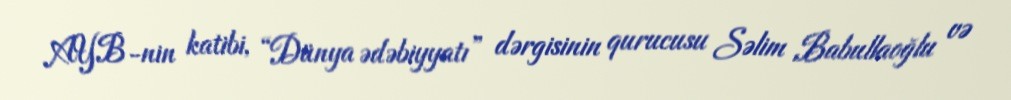
AYB-nin katibi, “Dünya ədəbiyyatı” dərgisinin qurucusu Səlim Babullaoğlu və